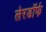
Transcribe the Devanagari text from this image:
लेरडॉर्फ